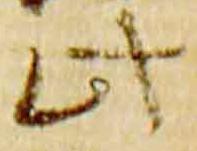
此